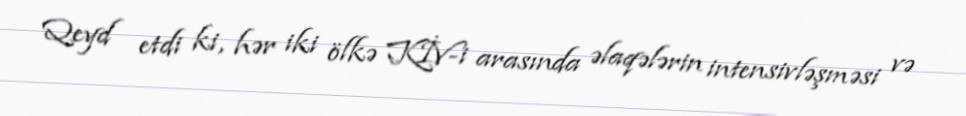
Qeyd etdi ki, hər iki ölkə KİV-i arasında əlaqələrin intensivləşməsi və